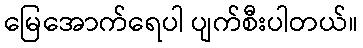
မြေအောက်ရေပါ ပျက်စီးပါတယ်။